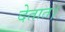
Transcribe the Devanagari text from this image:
देतात।